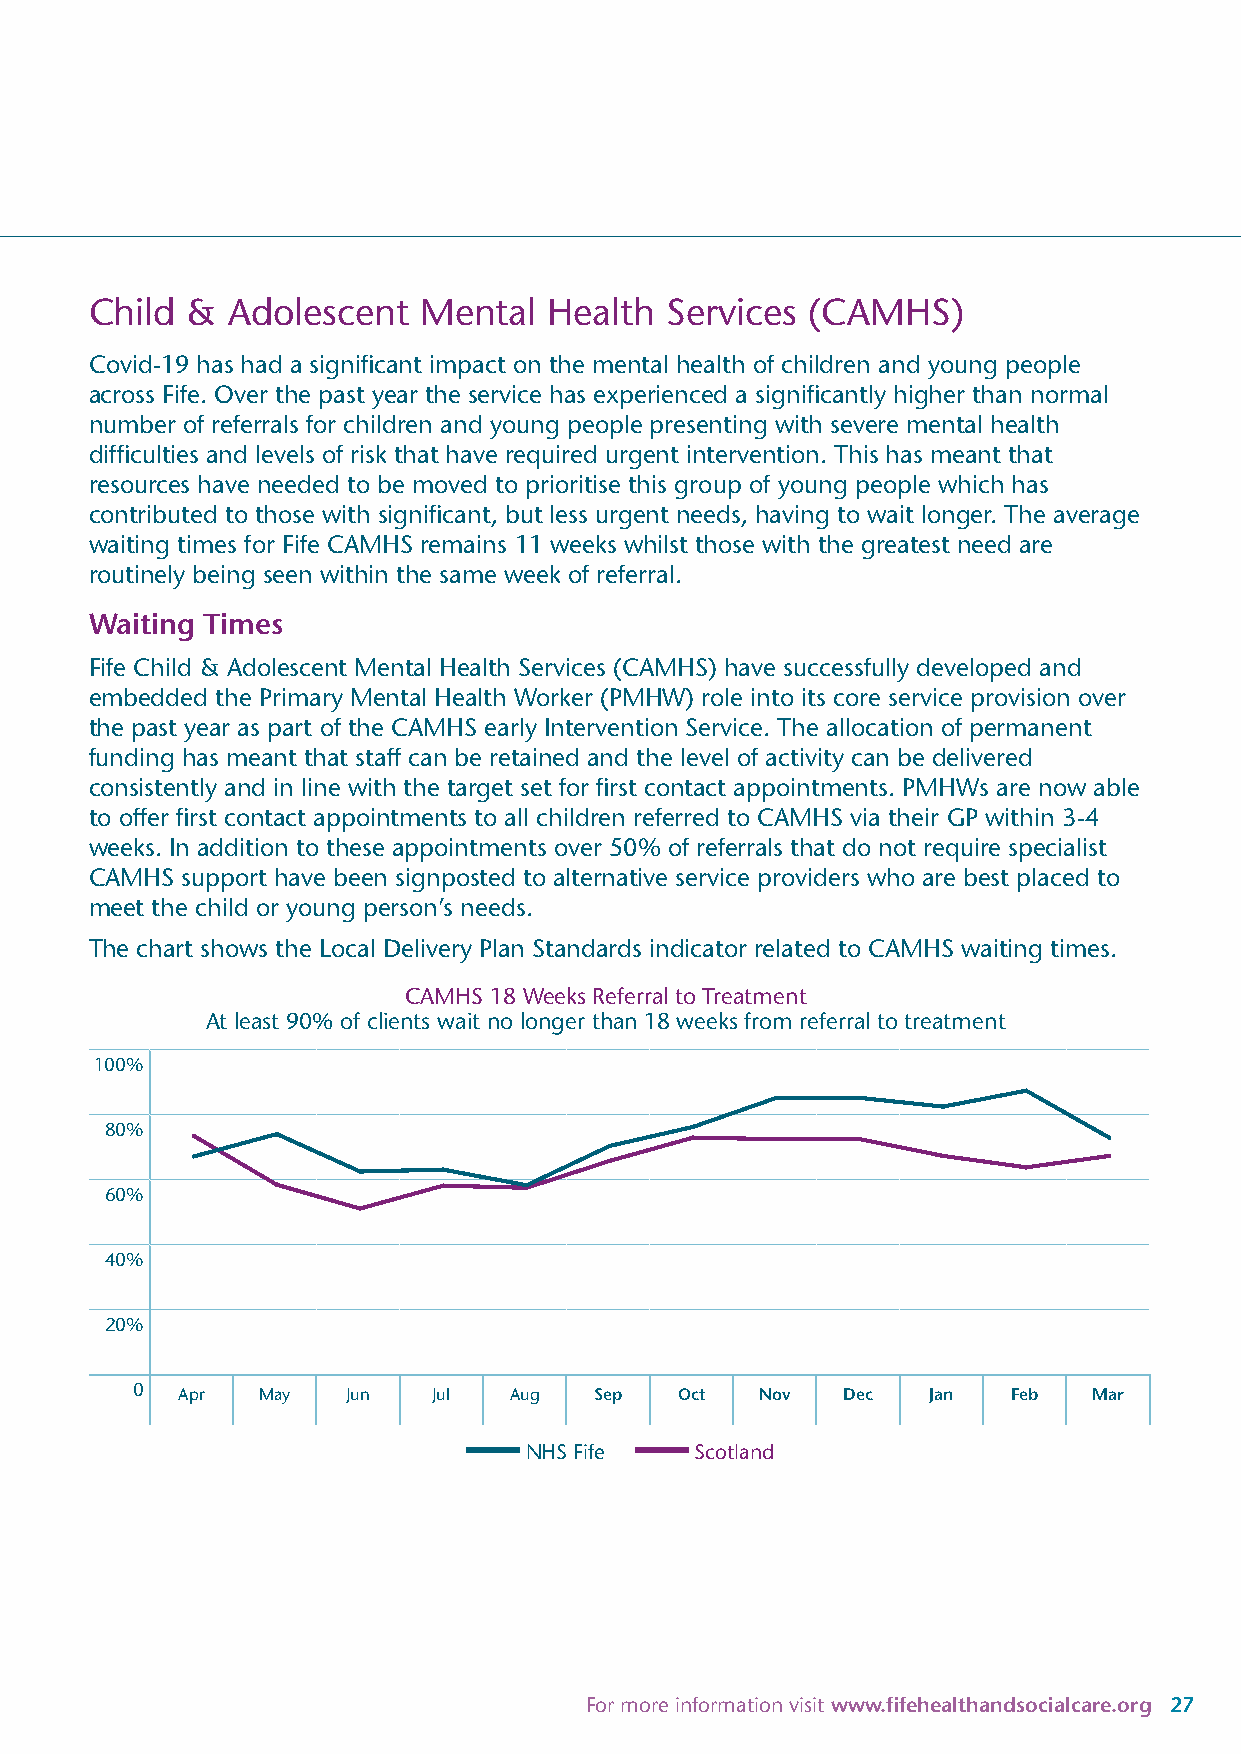
Child &  Adolescent   Mental  Health  Services (CAMHS)
 Covid-19 has had a significant impact on the mental health of children and young people
 across Fife. Over the past year the service has experienced a significantly higher than normal
 number of referrals for children and young people presenting with severe mental health
 difficulties and levels of risk that have required urgent intervention. This has meant that
 resources have needed to be moved to prioritise this group of young people which has
 contributed to those with significant, but less urgent needs, having to wait longer. The average
 waiting times for Fife CAMHS remains 11 weeks whilst those with the greatest need are
 routinely being seen within the same week of referral.
 Waiting Times
 Fife Child & Adolescent Mental Health Services (CAMHS) have successfully developed and
 embedded the Primary Mental Health Worker (PMHW) role into its core service provision over
 the past year as part of the CAMHS early Intervention Service. The allocation of permanent
 funding has meant that staff can be retained and the level of activity can be delivered
 consistently and in line with the target set for first contact appointments. PMHWs are now able
 to offer first contact appointments to all children referred to CAMHS via their GP within 3-4
 weeks. In addition to these appointments over 50% of referrals that do not require specialist
 CAMHS support have been signposted to alternative service providers who are best placed to
 meet the child or young person’s needs.
 The chart shows the Local Delivery Plan Standards indicator related to CAMHS waiting times.
 CAMHS 18 Weeks Referral to Treatment
 At least 90% of clients wait no longer than 18 weeks from referral to treatment
 100%
 80%
 60%
 40%
 20%
 0  Apr  May   Jun   Jul  Aug  Sep   Oct  Nov   Dec  Jan   Feb  Mar
 NHS Fife   Scotland
 For more information visit www.fifehealthandsocialcare.org 27